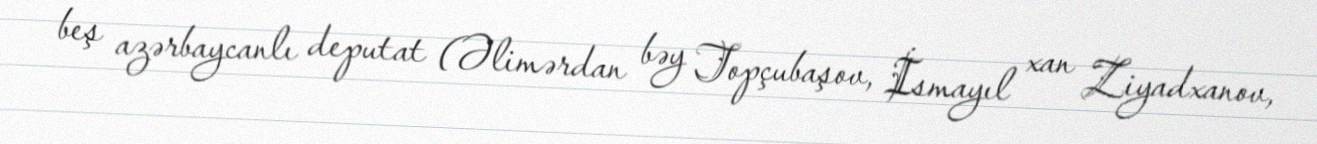
beş azərbaycanlı deputat (Əlimərdan bəy Topçubaşov, İsmayıl xan Ziyadxanov,